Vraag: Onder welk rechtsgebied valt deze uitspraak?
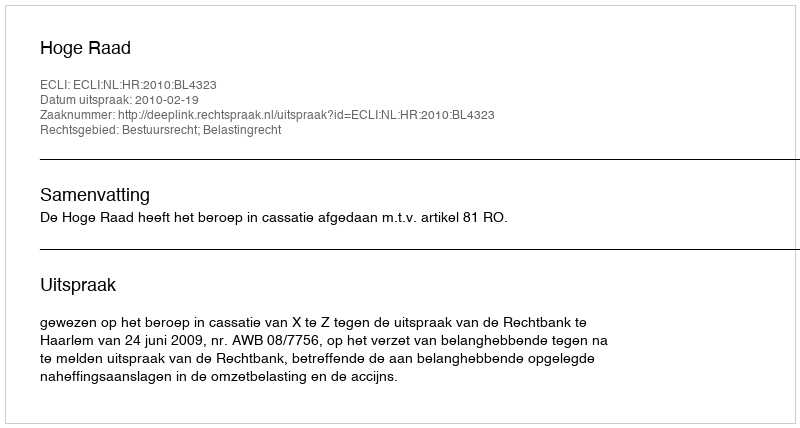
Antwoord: Bestuursrecht; Belastingrecht